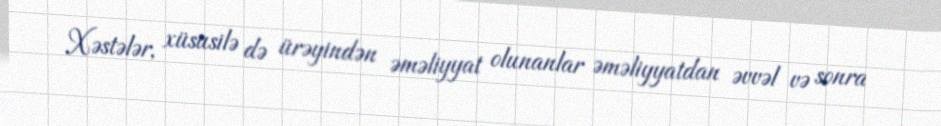
Xəstələr, xüsusilə də ürəyindən əməliyyat olunanlar əməliyyatdan əvvəl və sonra